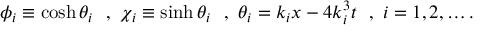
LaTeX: \phi _ { i } \equiv \cosh \theta _ { i } ~ ~ , ~ \chi _ { i } \equiv \sinh \theta _ { i } ~ ~ , ~ \theta _ { i } = k _ { i } x - 4 k _ { i } ^ { 3 } t ~ ~ , ~ i = 1 , 2 , \ldots .